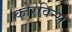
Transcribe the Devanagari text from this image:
कोरविन्स